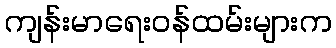
ကျန်းမာရေးဝန်ထမ်းများက